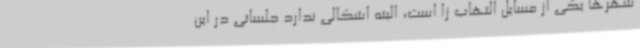
شهرها یکی از مسایل التهاب زا است، البته اشکالی ندارد جلساتی در این